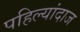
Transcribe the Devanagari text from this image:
पहिल्यांदाज